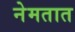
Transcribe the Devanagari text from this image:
नेमतात